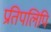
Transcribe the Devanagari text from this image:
प्रतिपलिपि